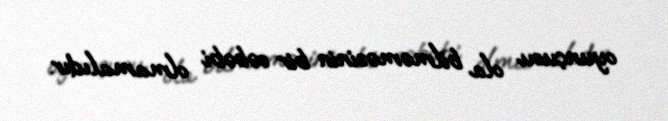
oyunçusu ola bilməməsinin bir səbəbi olmamalıdır.